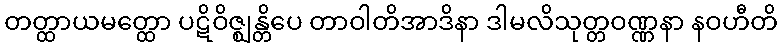
တတ္ထာယမတ္ထော ပဋိဝိဇ္ဈန္တိပေ တာဝါတိအာဒိနာ ဒါမလိသုတ္တဝဏ္ဏနာ နဝဟီတိ